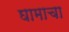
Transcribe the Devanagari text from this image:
घामाचा